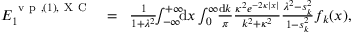
\begin{array} { r l r } { { \cal E } _ { 1 } ^ { \ensuremath { \mathrm { ~ v ~ p ~ } } , ( 1 ) , \mathrm { ~ X ~ C ~ } } \! \! } & { { } = } & { \! \frac { 1 } { 1 + \lambda ^ { 2 } } \! \! \int _ { - \infty } ^ { + \infty } \! \! \! \mathrm { d } x \int _ { 0 } ^ { \infty } \! \! \frac { \mathrm d k } { \pi } \frac { \kappa ^ { 2 } e ^ { - 2 \kappa | x | } } { k ^ { 2 } + \kappa ^ { 2 } } \frac { \lambda ^ { 2 } - s _ { k } ^ { 2 } } { 1 - s _ { k } ^ { 2 } } f _ { k } ( x ) , \; \; \; \; } \end{array}